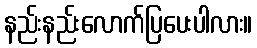
နည်းနည်းလောက်ပြပေးပါလား။